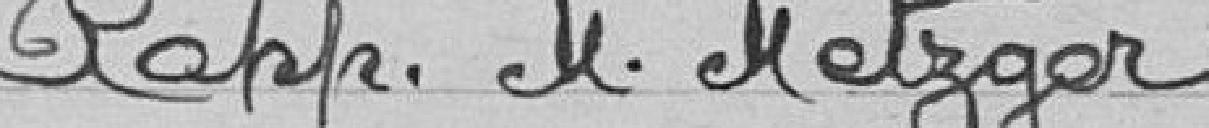
rapporteur monsieur Metzger